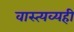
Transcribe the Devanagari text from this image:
वास्त्यव्यही